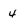
Character: 4